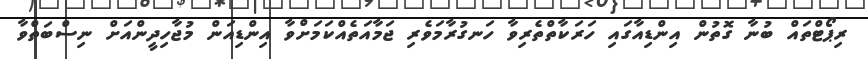
ރިޕޯޓްތައް ބުނާ ގޮތުން އިންޑިއާގައި ހަރަކާތްތެރިވާ ހަނގުރާމަވެރި ޖަމާއަތެއްކަމަށްވާ އިންޑިއަން މުޖާހިދީންއަށް ނިސްބަތްވާ